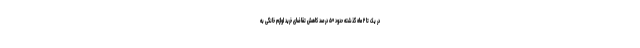
در یک تا ۲‌ ماه گذشته حدود ۵۰ درصد کاهش تقاضای خرید لوازم خانگی به